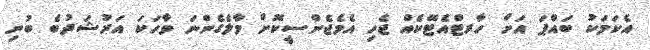
އެކަމަކު ބައްޕަ އަށް ހާރޓްއެޓޭކެއް ޖެހި އެމެޖެންސީކޮށް މާލެގެންނަ ވާހަކަ އަރުޝަދުބެ ބުނި